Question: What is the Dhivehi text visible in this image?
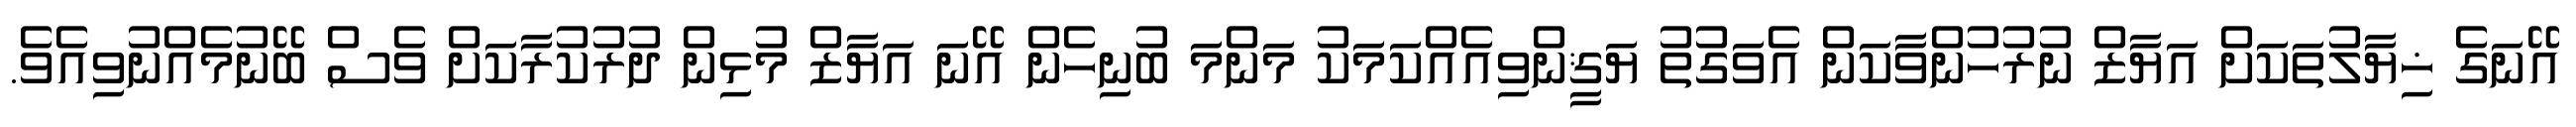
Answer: އޭނަގެ ޚިޔާލުތަކަށް އަޔާޒް ނުރުހުންވާކަން އެވަގުތު ޔަޤީންވިއެއްކަމަކު މަންމަ ބުނިހެން އޭނަ އަޔާޒް މުޅިން ދުރުކުރާކަށް ވެސް ބޭނުމެއްނުވިއެވެ.